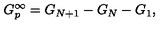
G _ { p } ^ { \infty } = G _ { N + 1 } - G _ { N } - G _ { 1 } ,